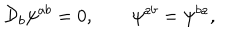
{ \cal D } _ { b } \psi ^ { a b } = 0 , \quad \quad \psi ^ { a b } = \psi ^ { b a } ,